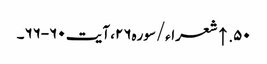
۵۰. ↑ شعراء/سوره۲۶، آیت ۶۰-۶۶۔